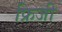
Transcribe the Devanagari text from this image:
फ्रिजी